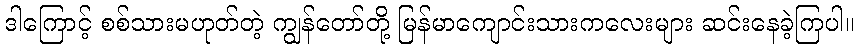
ဒါကြောင့် စစ်သားမဟုတ်တဲ့ ကျွန်တော်တို့ မြန်မာကျောင်းသားကလေးများ ဆင်းနေခဲ့ကြပါ။